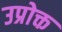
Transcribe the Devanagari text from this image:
उप्रोक्त